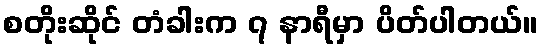
စတိုးဆိုင် တံခါးက ၇ နာရီမှာ ပိတ်ပါတယ်။